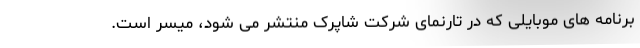
برنامه های موبایلی که در تارنمای شرکت شاپرک منتشر می شود، میسر است.